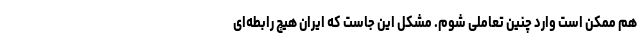
هم ممکن است وارد چنین تعاملی شوم. مشکل این جاست که ایران هیچ رابطه‌ای